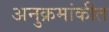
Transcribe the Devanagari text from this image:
अनुक्रमांकीत